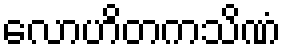
လောဟိတကသိဏံ